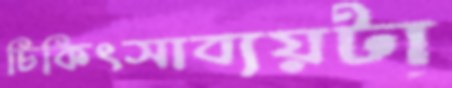
চিকিৎসাব্যয়টা